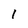
Character: I